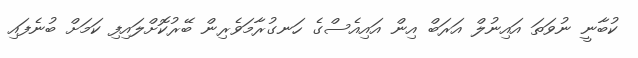
ކުބާނީ ނުވަތަ އައިނުލް އަރަބް އިން އައިއެސްގެ ހަނގުރާމަވެރިން ބޭރުކޮށްލައިފި ކަމަށް ބުނެފައި